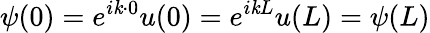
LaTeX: \psi(0)=e^{i\mathit{k}\cdot0}u(0)=e^{i\mathit{k}L}u(L)=\psi(L)